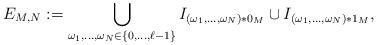
LaTeX: \begin{align*}E _{M , N} :=\bigcup _{\omega _1 , \ldots , \omega _N \in \{ 0 , \ldots , \ell - 1 \} } I _{(\omega _1 , \ldots , \omega _N ) \ast 0 _M } \cup I _{(\omega _1 , \ldots , \omega _N ) \ast 1 _M } ,\end{align*}